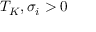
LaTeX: T _ { K } , \sigma _ { i } > 0